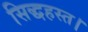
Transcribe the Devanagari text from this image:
सिद्धहस्त।